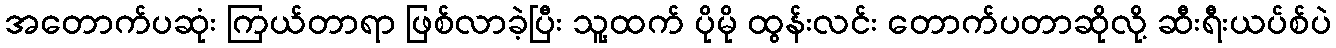
အတောက်ပဆုံး ကြယ်တာရာ ဖြစ်လာခဲ့ပြီး သူ့ထက် ပိုမို ထွန်းလင်း တောက်ပတာဆိုလို့ ဆီးရီးယပ်စ်ပဲ